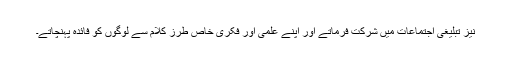
نیز تبلیغی اجتماعات میں شرکت فرماتے اور اپنے علمی اور فکری خاص طرزِ کلام سے لوگوں کو فائدہ پہنچاتے۔